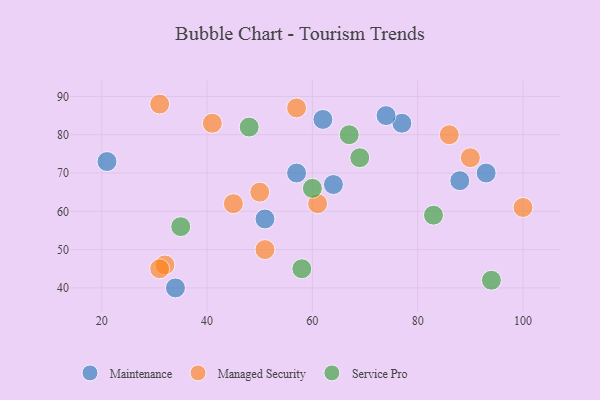
{"axis": {"x": "GDP", "y": "Life Expectancy"}, "legend": ["Maintenance", "Managed Security", "Service Pro"], "data": [{"x": "62", "y": 84, "type": "Maintenance"}, {"x": "77", "y": 83, "type": "Maintenance"}, {"x": "93", "y": 70, "type": "Maintenance"}, {"x": "57", "y": 70, "type": "Maintenance"}, {"x": "64", "y": 67, "type": "Maintenance"}, {"x": "34", "y": 40, "type": "Maintenance"}, {"x": "51", "y": 58, "type": "Maintenance"}, {"x": "88", "y": 68, "type": "Maintenance"}, {"x": "21", "y": 73, "type": "Maintenance"}, {"x": "74", "y": 85, "type": "Maintenance"}, {"x": "100", "y": 61, "type": "Managed Security"}, {"x": "41", "y": 83, "type": "Managed Security"}, {"x": "86", "y": 80, "type": "Managed Security"}, {"x": "51", "y": 50, "type": "Managed Security"}, {"x": "31", "y": 88, "type": "Managed Security"}, {"x": "32", "y": 46, "type": "Managed Security"}, {"x": "57", "y": 87, "type": "Managed Security"}, {"x": "45", "y": 62, "type": "Managed Security"}, {"x": "31", "y": 45, "type": "Managed Security"}, {"x": "50", "y": 65, "type": "Managed Security"}, {"x": "61", "y": 62, "type": "Managed Security"}, {"x": "90", "y": 74, "type": "Managed Security"}, {"x": "58", "y": 45, "type": "Service Pro"}, {"x": "48", "y": 82, "type": "Service Pro"}, {"x": "94", "y": 42, "type": "Service Pro"}, {"x": "67", "y": 80, "type": "Service Pro"}, {"x": "83", "y": 59, "type": "Service Pro"}, {"x": "69", "y": 74, "type": "Service Pro"}, {"x": "60", "y": 66, "type": "Service Pro"}, {"x": "35", "y": 56, "type": "Service Pro"}]}